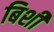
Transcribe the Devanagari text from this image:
बिशी